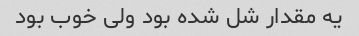
یه مقدار شل شده بود ولی خوب بود